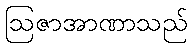
ဩဇာအာဏာသည်